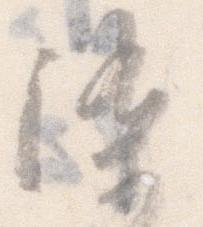
染